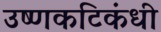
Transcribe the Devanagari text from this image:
उष्णकटिकंधी